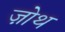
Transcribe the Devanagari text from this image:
ज़ोथ